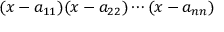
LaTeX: ( x - a _ { 1 1 } ) ( x - a _ { 2 2 } ) \cdots ( x - a _ { n n } )